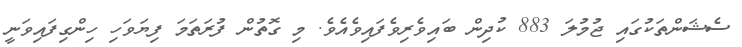
ސެޝަންތަކުގައި ޖުމުލަ 883 ކުދިން ބައިވެރިވެފައިވެއެވެ. މި ގޮތުން ފުރަތަމަ ފިޔަވަހި ހިންގިފައިވަނީ